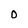
Character: 0